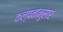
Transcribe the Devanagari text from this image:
कल्पनांनुसार